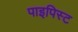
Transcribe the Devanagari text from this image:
पाइपिस्ट